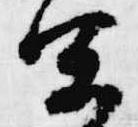
宜